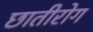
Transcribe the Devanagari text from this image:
छातीरोग